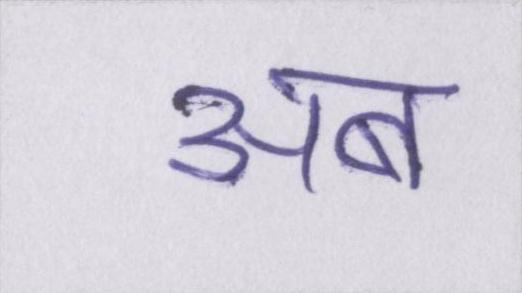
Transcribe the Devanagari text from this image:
अब